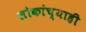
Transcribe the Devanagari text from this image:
लोकांच्याही